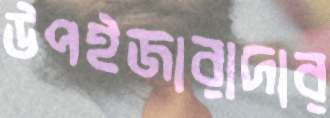
উপইজারাদার